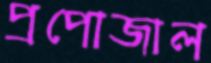
প্রপোজাল